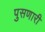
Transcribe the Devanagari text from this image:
पुसणारी